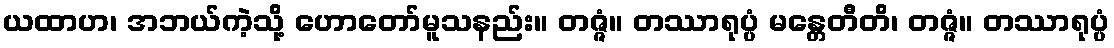
ယထာဟ၊ အဘယ်ကဲ့သို့ ဟောတော်မူသနည်း။ တဇ္ဇံ။ တဿာရုပ္ပံ မန္တေတီတိ၊ တဇ္ဇံ။ တဿာရုပ္ပံ